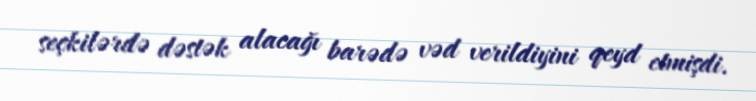
seçkilərdə dəstək alacağı barədə vəd verildiyini qeyd etmişdi.